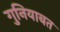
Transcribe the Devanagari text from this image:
गुनियाबत